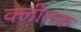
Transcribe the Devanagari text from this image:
क्लीतक